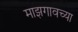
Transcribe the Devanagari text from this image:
माझगावच्या